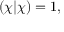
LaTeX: ( \chi | \chi ) = 1 ,